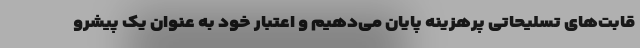
قابت‌های تسلیحاتی پرهزینه پایان می‌دهیم و اعتبار خود به عنوان یک پیشرو